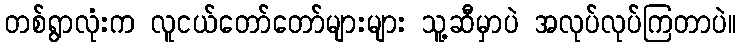
တစ်ရွာလုံးက လူငယ်တော်တော်များများ သူ့ဆီမှာပဲ အလုပ်လုပ်ကြတာပဲ။